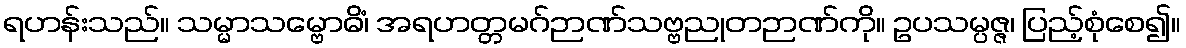
ရဟန်းသည်။ သမ္မာသမ္ဗောဓိံ၊ အရဟတ္တမဂ်ဉာဏ်သဗ္ဗညုတဉာဏ်ကို။ ဥပသမ္ပဇ္ဇ၊ ပြည့်စုံစေ၍။